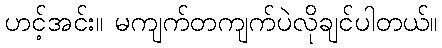
ဟင့်အင်း။ မကျက်တကျက်ပဲလိုချင်ပါတယ်။